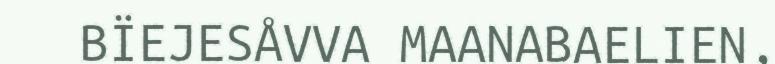
BÏEJESÅVVA MAANABAELIEN,